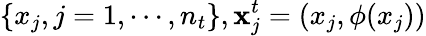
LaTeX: \{ x_{j},j=1,\cdots,n_{t}\} ,\mathbf{x}_{j}^{t}=(x_{j},\phi(x_{j}))